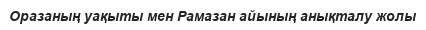
Оразаның уақыты мен Рамазан айының анықталу жолы